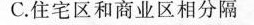
C.住宅区和商业区相分隔